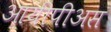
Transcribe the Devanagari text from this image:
आयीपीअस